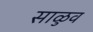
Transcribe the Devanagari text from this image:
साळुव